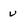
Character: v